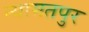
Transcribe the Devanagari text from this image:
न्यामतपुर